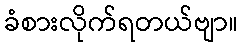
ခံစားလိုက်ရတယ်ဗျာ။